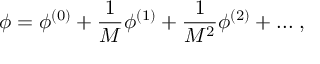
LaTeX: \phi = \phi ^ { ( 0 ) } + \frac { 1 } { M } \phi ^ { ( 1 ) } + \frac { 1 } { M ^ { 2 } } \phi ^ { ( 2 ) } + . . . \; ,